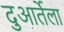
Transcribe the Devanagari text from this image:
दुआर्तेला